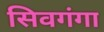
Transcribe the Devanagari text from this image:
सिवगंगा